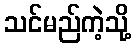
သင်မည်ကဲ့သို့